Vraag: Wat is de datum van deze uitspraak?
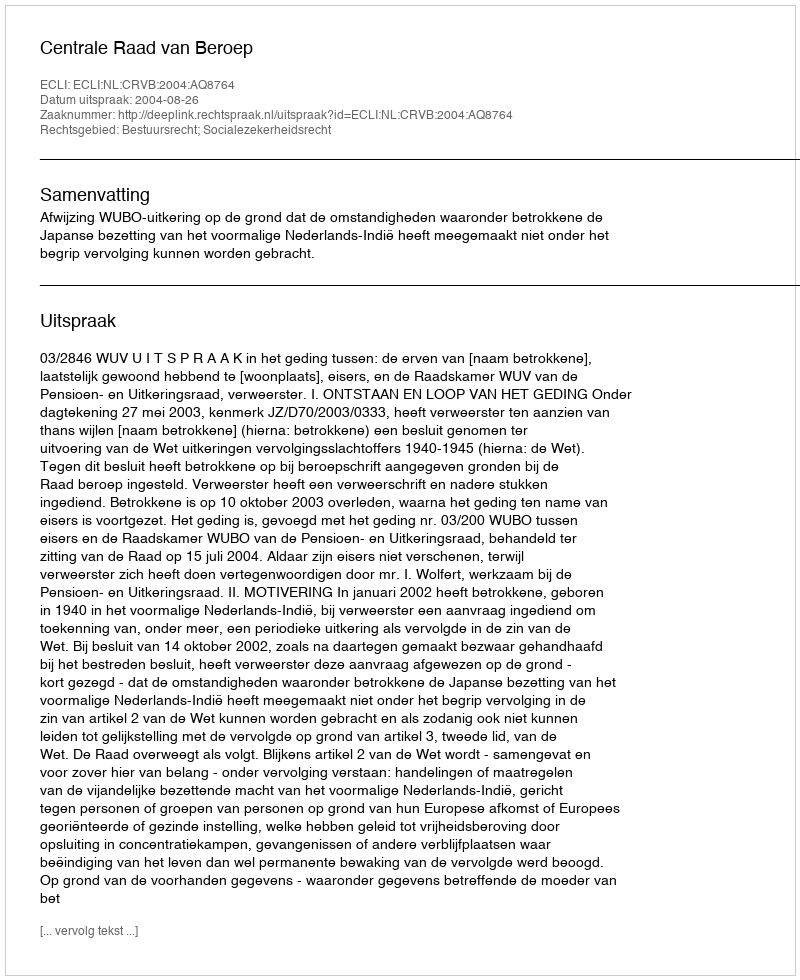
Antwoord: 2004-08-26